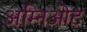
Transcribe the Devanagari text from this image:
अम्निओट